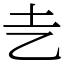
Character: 㐋